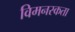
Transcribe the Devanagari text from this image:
विमनस्कता